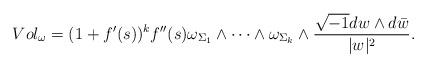
LaTeX: \begin{align*}Vol_{\omega}=(1+f'(s))^{k}f''(s)\omega_{\Sigma_{1}}\wedge\dots\wedge\omega_{\Sigma_{k}}\wedge\frac{\sqrt{-1}dw\wedge d\bar{w}}{\lvert w\rvert^{2}}.\end{align*}